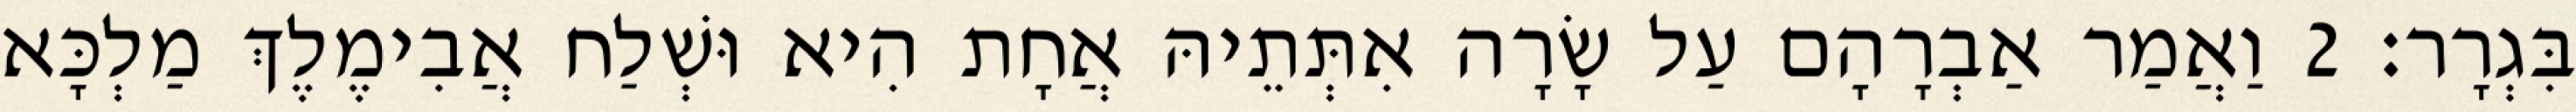
בִּגְרָר׃ 2 וַאֲמַר אַבְרָהָם עַל שָׂרָה אִתְּתֵיהּ אֲחָת הִיא וּשְׁלַח אֲבִימֶלֶךְ מַלְכָּא